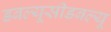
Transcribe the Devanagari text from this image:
डबल्यूसीडबल्यू